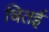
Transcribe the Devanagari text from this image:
चितई